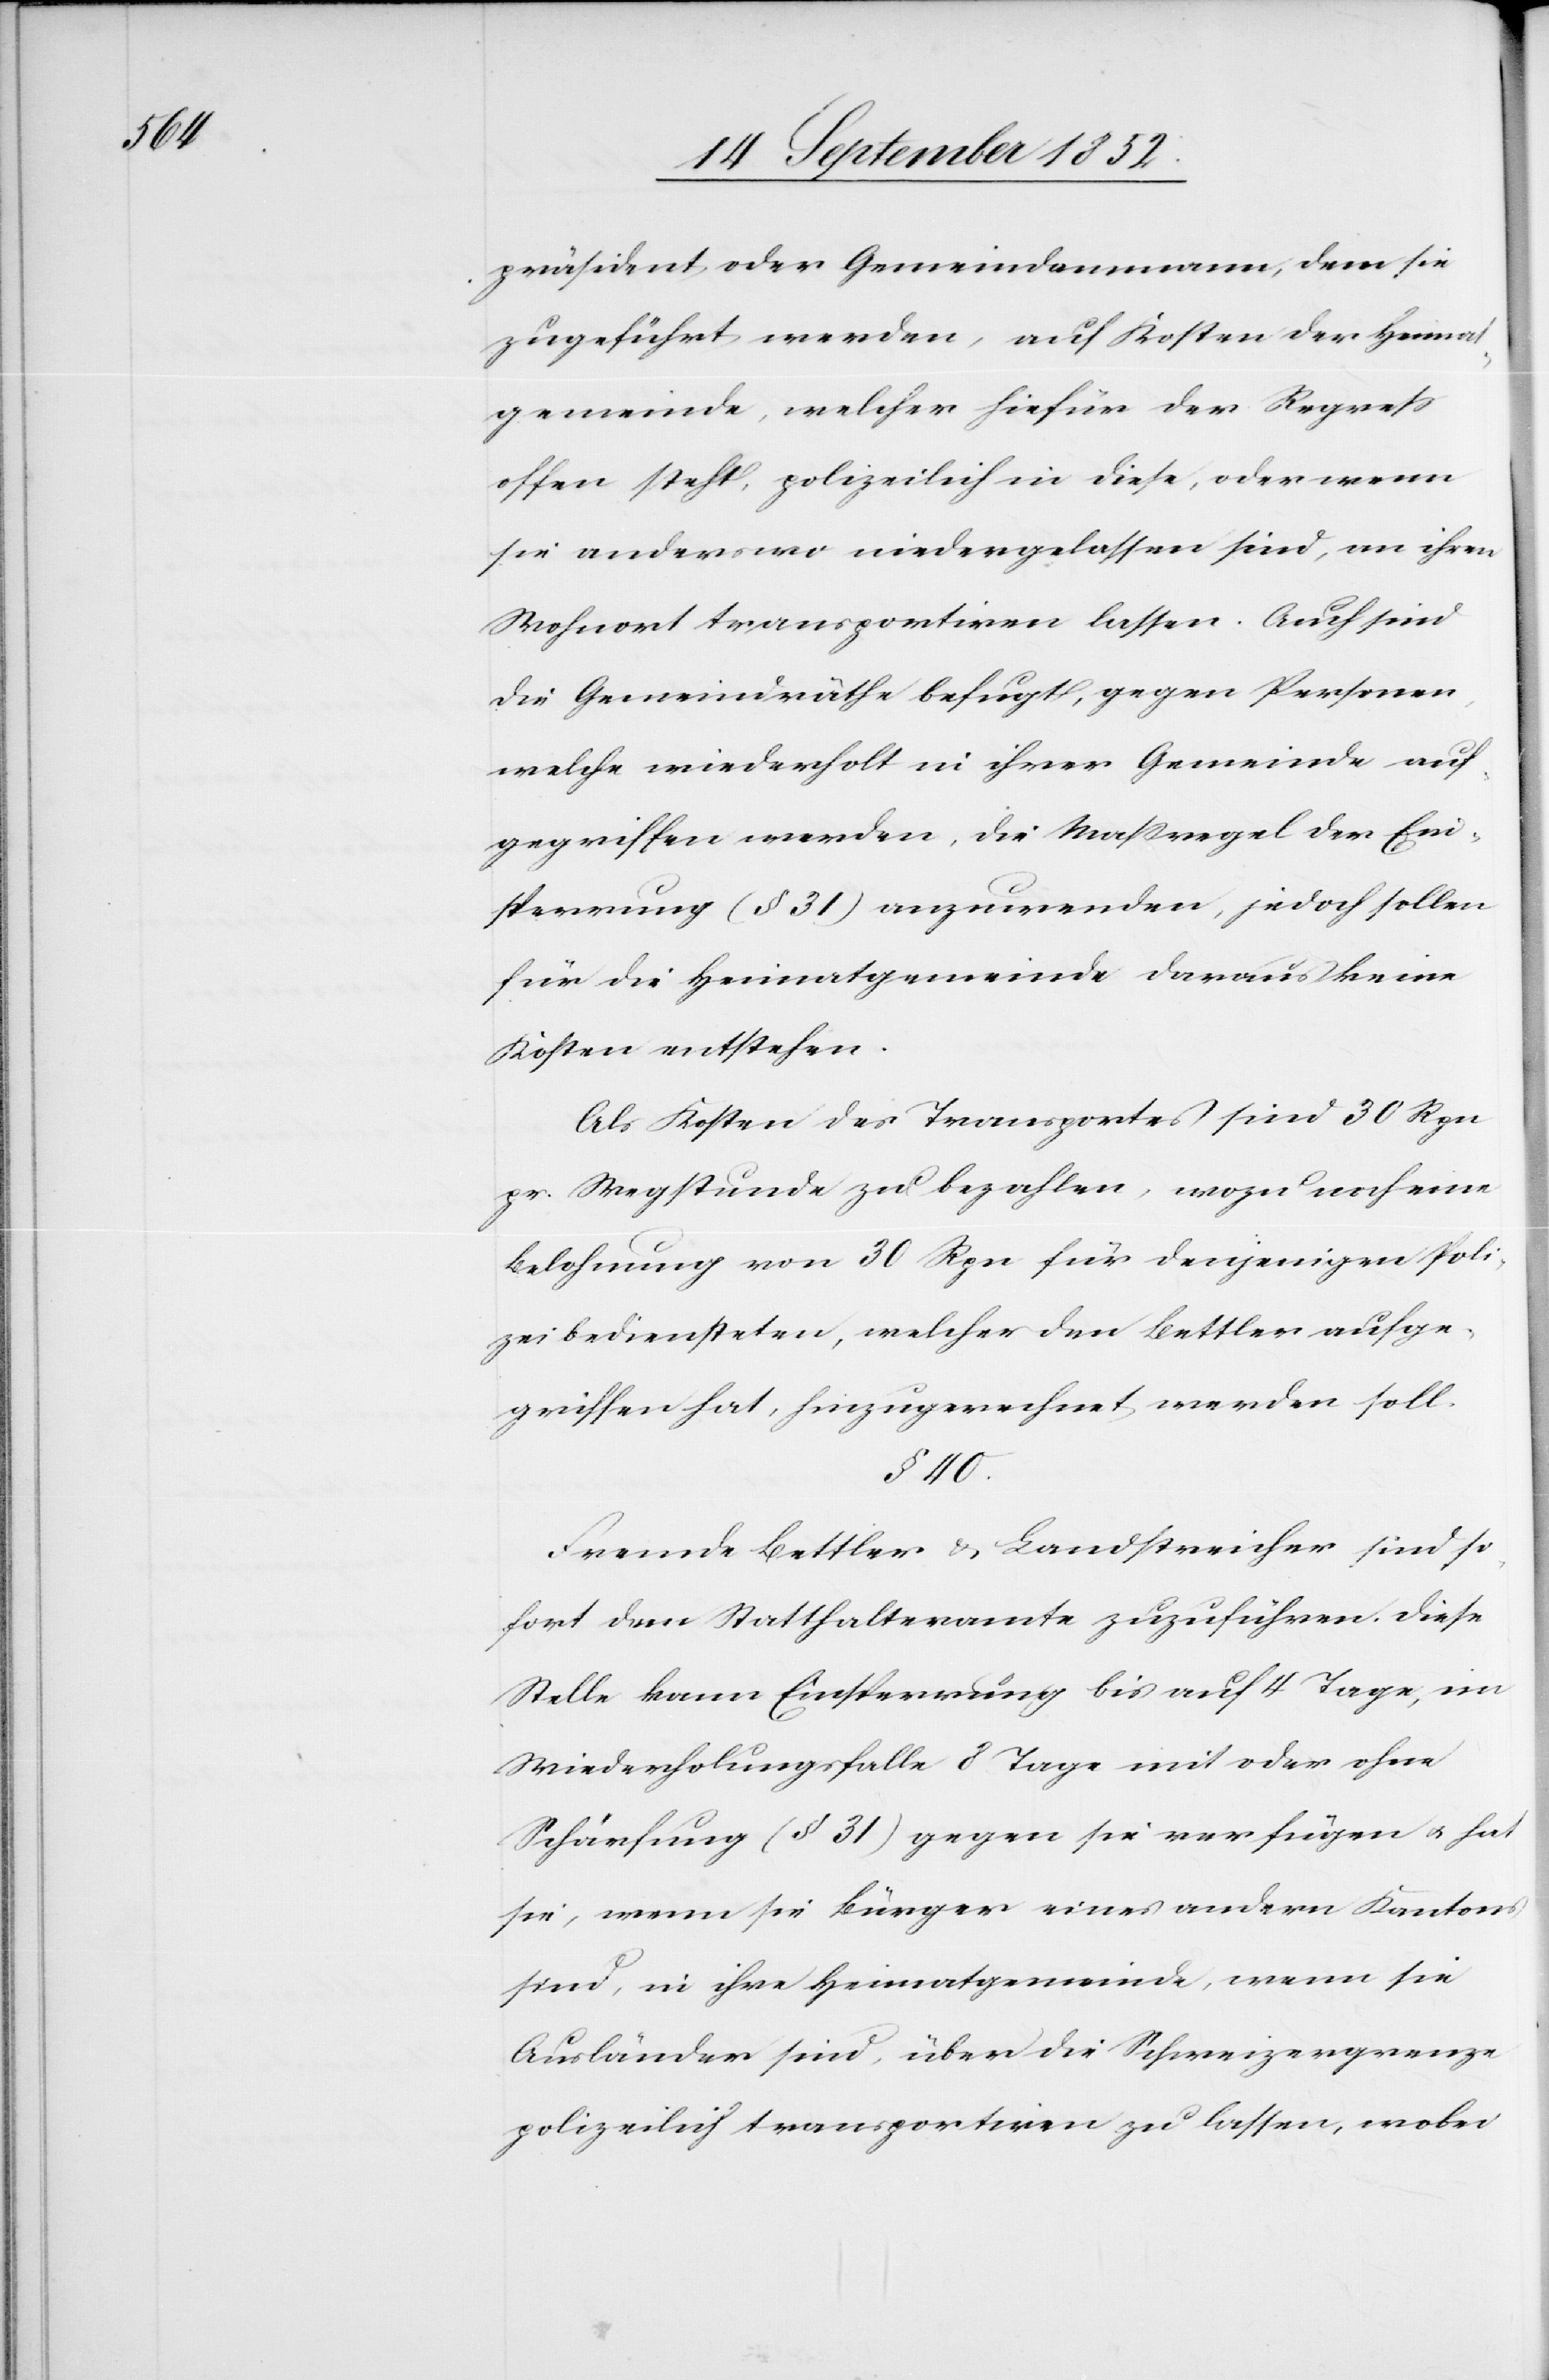
präsident oder Gemeindammann, dem sie
zugeführt werden, auf Kosten der Heimat¬
gemeinde, welcher hiefür der Regress
offen steht, polizeilich in diese, oder wenn
sie anderswo niedergelassen sind, an ihren
Wohnort transportiren lassen. Auch sind
die Gemeindräthe befugt, gegen Personen,
welche wiederholt in ihrer Gemeinde auf¬
gegriffen werden, die Maßregel der Ein¬
sperrung (§ 31) anzuwenden, jedoch sollen
für die Heimatgemeinde daraus keine
Kosten entstehen.
Als Kosten des Transportes sind 30 Rpn
pr. Wegstunde zu bezahlen, wozu noch eine
Belohnung von 30 Rpn für denjenigen Poli¬
zeibediensteten, welcher den Bettler aufge¬
griffen hat, hinzugerechnet werden soll.
§ 40.
Fremde Bettler & Landstreicher sind so¬
fort dem Statthalteramte zuzuführen. Diese
Stelle kann Einsperrung bis auf 4 Tage, im
Wiederholungsfalle 8 Tage mit oder ohne
Schärfung (§ 31) gegen sie verfügen & hat
sie, wenn sie Bürger eines andern Kantons
sind, in ihre Heimatgemeinde, wenn sie
Ausländer sind, über die Schweizergrenze
polizeilich transportiren zu lassen, wobei